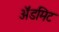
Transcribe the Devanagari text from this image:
ॲडमिट